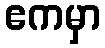
ဧကမှာ